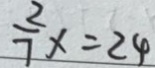
\frac { 2 } { 7 } x = 2 4